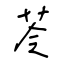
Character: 苓